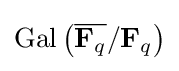
\operatorname {Gal} \left({\overline {\mathbf {F} _{q}}}/\mathbf {F} _{q}\right)